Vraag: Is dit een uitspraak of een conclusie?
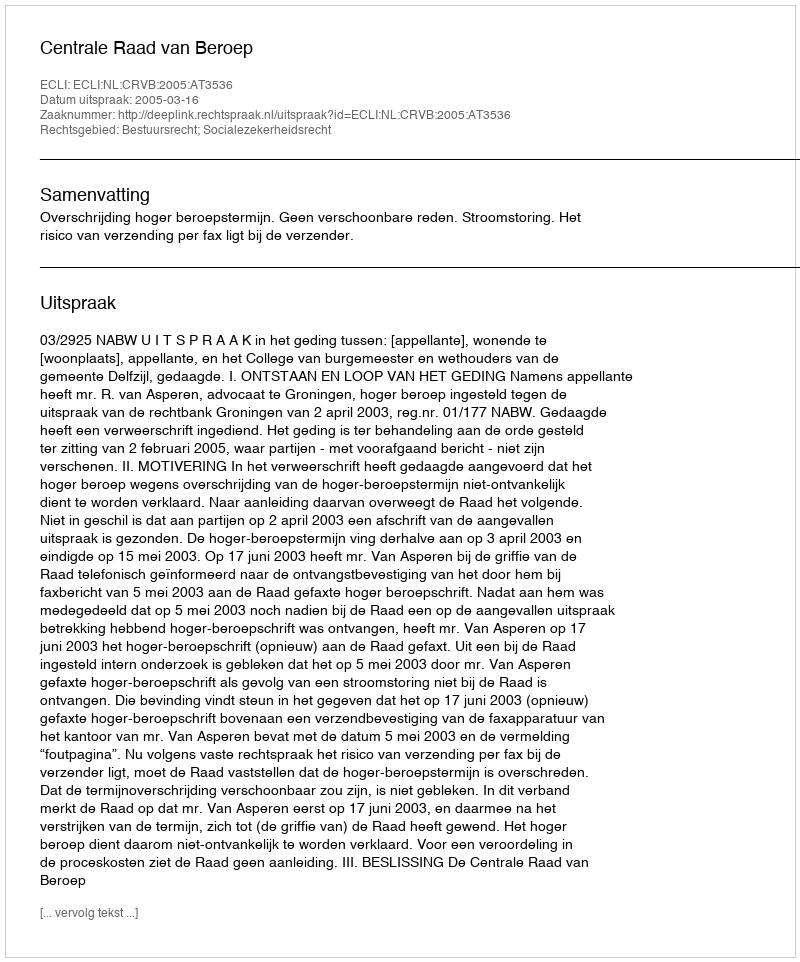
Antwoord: Uitspraak